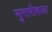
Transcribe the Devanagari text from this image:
मुरारीवाला